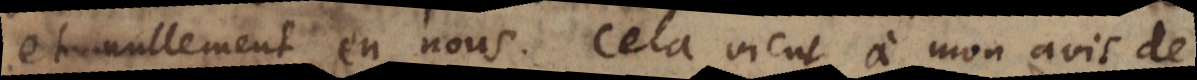
et nullement en nous. Cela vient à mon avis de